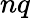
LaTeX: nq